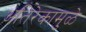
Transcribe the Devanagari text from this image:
अतिरेकामुळे